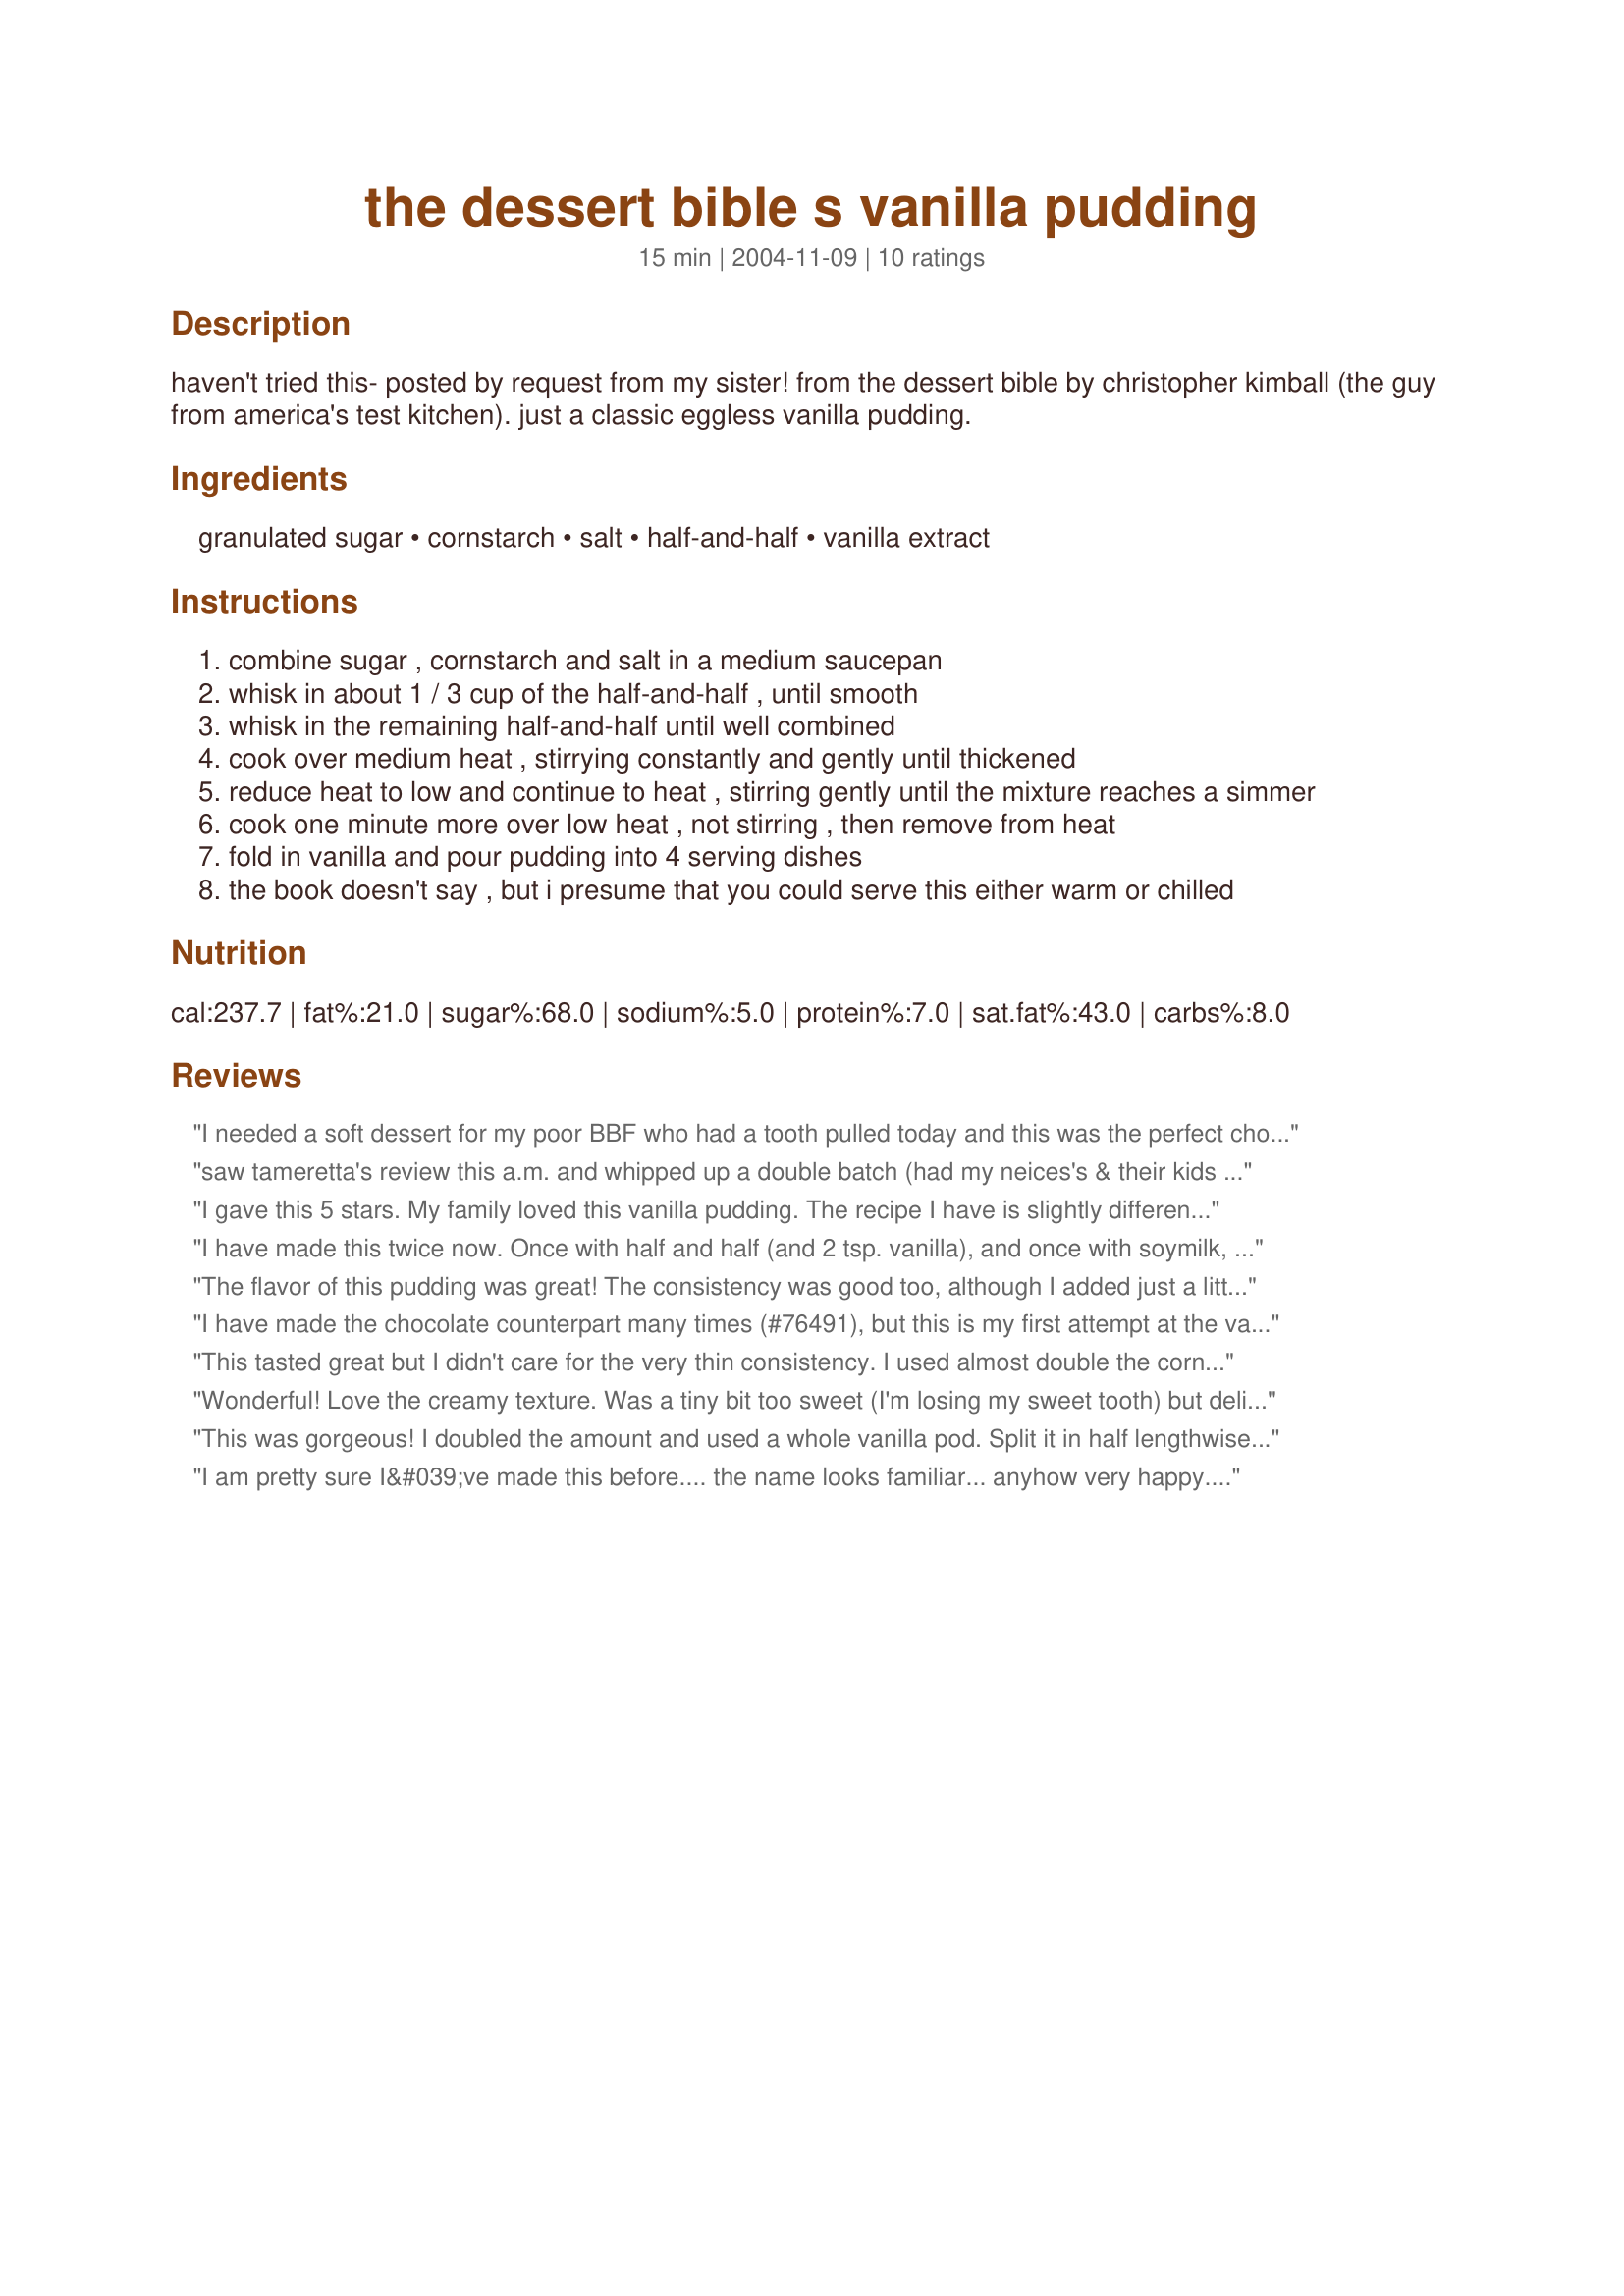
the dessert bible s vanilla pudding
Preparation time: 15 minutes

haven't tried this- posted by request from my sister! from the dessert bible by christopher kimball (the guy from america's test kitchen). just a classic eggless vanilla pudding.

Ingredients:
granulated sugar, cornstarch, salt, half-and-half, vanilla extract

Steps:
combine sugar , cornstarch and salt in a medium saucepan
whisk in about 1 / 3 cup of the half-and-half , until smooth
whisk in the remaining half-and-half until well combined
cook over medium heat , stirrying constantly and gently until thickened
reduce heat to low and continue to heat , stirring gently until the mixture reaches a simmer
cook one minute more over low heat , not stirring , then remove from heat
fold in vanilla and pour pudding into 4 serving dishes
the book doesn't say , but i presume that you could serve this either warm or chilled

Reviews:
I needed a soft dessert for my poor BBF who had a tooth pulled today and this was the perfect choice. It took very little time and I had everything in the house. The only suggestion I have is to add a little more cornstarch in the beginning because it does run a little thin. I added it too late so I couldn't get all the lumps out but it was still yummy. It is much less sweet than the boxed stuff and without that metallic aftertaste. I simmered some frozen raspberries with a little sugar,cornstarch and orange extract and it made a great simple nice looking dessert. Thanks!
saw tameretta's review this a.m. and whipped up a double batch
(had my neices's & their kids for lunch)
was a HUGE hit..
I can't believe how EASY it is..although to be truthful the 5 minutes of constant stirring had me thinking my arm might fall off..
but I did exactly as you said to do in your directions...
and it turned out wonderful..
BOTH nieces took home the recipe
and will now frequent Zaar...so I'm sure they will review when
they make it..
thanks for this it will be made many times
I gave this 5 stars. My family loved this vanilla pudding. The recipe I have is slightly different. I got my copy from Southern Food at About.com. My copy calls for 3 cups milk, 1/4 cup cornstarch, 1/2 cup sugar, 1/4 tsp salt, and the vanilla is the same. The directions say to scald 2 2/3 cup milk. Then in a bowl mix the sugar, cornstarch, and salt. Stir in remaining 1/3 cup milk. Add to scalded milk and cook over low heat, stirring constantly until thickened and smooth. Continue cooking for 5 minutes to cook the cornstarch. Cool pudding slightly, then stir in vanilla extract and pour into serving dishes. Thanks for posting a yummy recipe! Christine (internetnut)
I have made this twice now. Once with half and half (and 2 tsp. vanilla), and once with soymilk, per the suggestion of Jenny Sanders on the discussion boards here. The half and half one was very simple; basically just cool sweet cream. I think that might have been better with a vanilla bean rather than extract, but I did use extract (which this recipe calls for). I actually preferred the soymilk version, which had a nice mellow taste. The soymilk version was sweeter, so you could probably reduce the sugar, and a bit thinner, so if you wanted it thick you could probably increase the cornstarch a bit. I think both versions were better cold. This was the best and most basic eggless vanilla pudding I have tried so far. Thanks sis!
The flavor of this pudding was great! The consistency was good too, although I added just a little flour to thicken it up more (I like really thick pudding). I also didn't have any half-and-half but this came out great with plain old milk! I'll definitely be making this again!
I have made the chocolate counterpart many times (#76491), but this is my first attempt at the vanilla. I combined all ingredients and cooked in the microwave for about 5 mins, stirring after each min. I also used lo fat milk instead of 1/2 and 1/2. Watch closely though if you cook it in the microwave (or put it in an oversized glass bowl) or it will make a huge mess (I know this from first hand chocolate experience!!!) Thanks for posting!
This tasted great but I didn't care for the very thin consistency. I used almost double the cornstarch, would try again with even a bit more. The big advantage, anyone would have everythign they need to make this in the cupboard at home.
Wonderful! Love the creamy texture. Was a tiny bit too sweet (I'm losing my sweet tooth) but delicious nonetheless. Will do it again!
This was gorgeous! I doubled the amount and used a whole vanilla pod. Split it in half lengthwise, scrapped out the seeds and stirred it into the milk mixture. I threw in the cut-up pod as well. I also increased the cornstarch amount to 2.5 - 3tbs for a nice thick pudding. I would also cut back on the sugar but that is a matter of personal taste. I love this recipe as it doesn't have any eggs! Hubby took one spoonful and went "MMMMM!!!" I can use Splenda/Equal and low fat milk in this recipe so I am very pleased with it!
I am pretty sure I&#039;ve made this before.... the name looks familiar... anyhow very happy. I quadrupled the recipe as I have lots of milk and cream to use up. Which brings me to the point that living in Australia means that I have to make my own half n&#039; half... which is of course easy LOL... I used 1/2 Full Cream Milk and 1/2 Cream which is just pure cream nothing added to it. Only thing is it&#039;s quite sweet as this would normally accompany another dessert element that is sweet it wouldn&#039;t need to be so sweet. I also want to try it with cocoa to make it chocolate next time. My end result is 2 litres!
